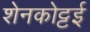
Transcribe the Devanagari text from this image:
शेनकोट्टई